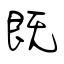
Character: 既